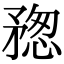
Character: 𥍷